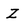
Character: Z